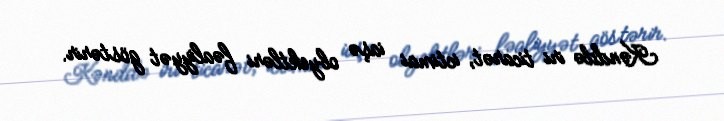
Kənddə iri ticarət, ictimai iaşə obyektləri fəaliyyət göstərir.